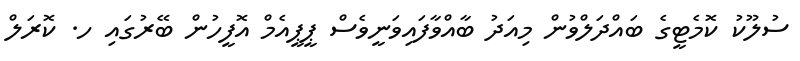
ސުލޫކު ކޮމެޓީގެ ބައްދަލްވުން މިއަދު ބާއްވާފައިވަނީވެސް ޕީޕީއެމް އޮފީހުން ބޭރުގައި ހ. ކޮރަލް